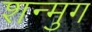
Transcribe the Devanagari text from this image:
शन्मुग